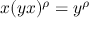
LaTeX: x ( y x ) ^ { \rho } = y ^ { \rho }